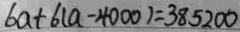
6 a + 6 ( a - 4 0 0 0 ) = 3 8 5 2 0 0